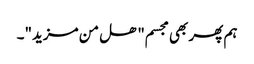
ہم پھر بھی مجسم" ھل من مزید"۔